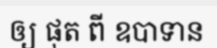
ឲ្យ ផុត ពី ឧបាទាន